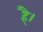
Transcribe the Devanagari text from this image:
है्।